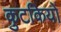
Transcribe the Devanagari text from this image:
कुटकियों